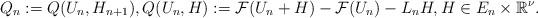
LaTeX: \begin{align*}Q_n:=Q(U_n, H_{n+1}), Q(U_n, H):=\mathcal{F}(U_n+H)-\mathcal{F}(U_n)-L_n H, H\in E_n\times\mathbb{R}^{\nu}.\end{align*}